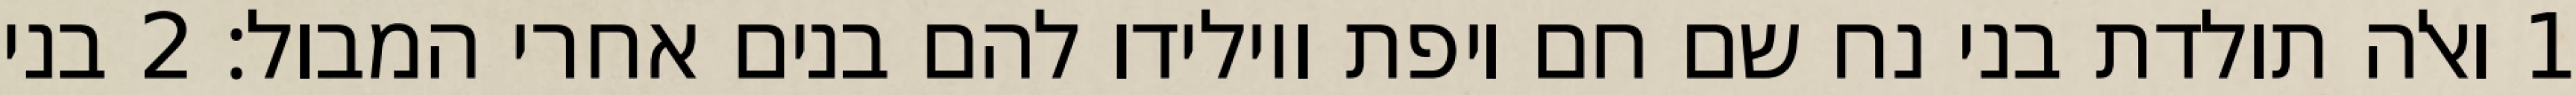
1 ואלה תולדת בני נח שם חם ויפת ויולידו להם בנים אחרי המבול׃ ‎2‏ בני